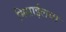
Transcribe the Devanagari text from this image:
मिसाईलचा